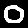
Digit: 0